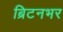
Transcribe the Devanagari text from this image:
ब्रिटनभर